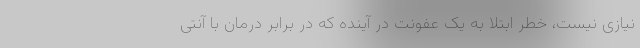
نیازی نیست، خطر ابتلا به یک عفونت در آینده که در برابر درمان با آنتی